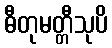
ဓီတုမတ္တီသုပိ